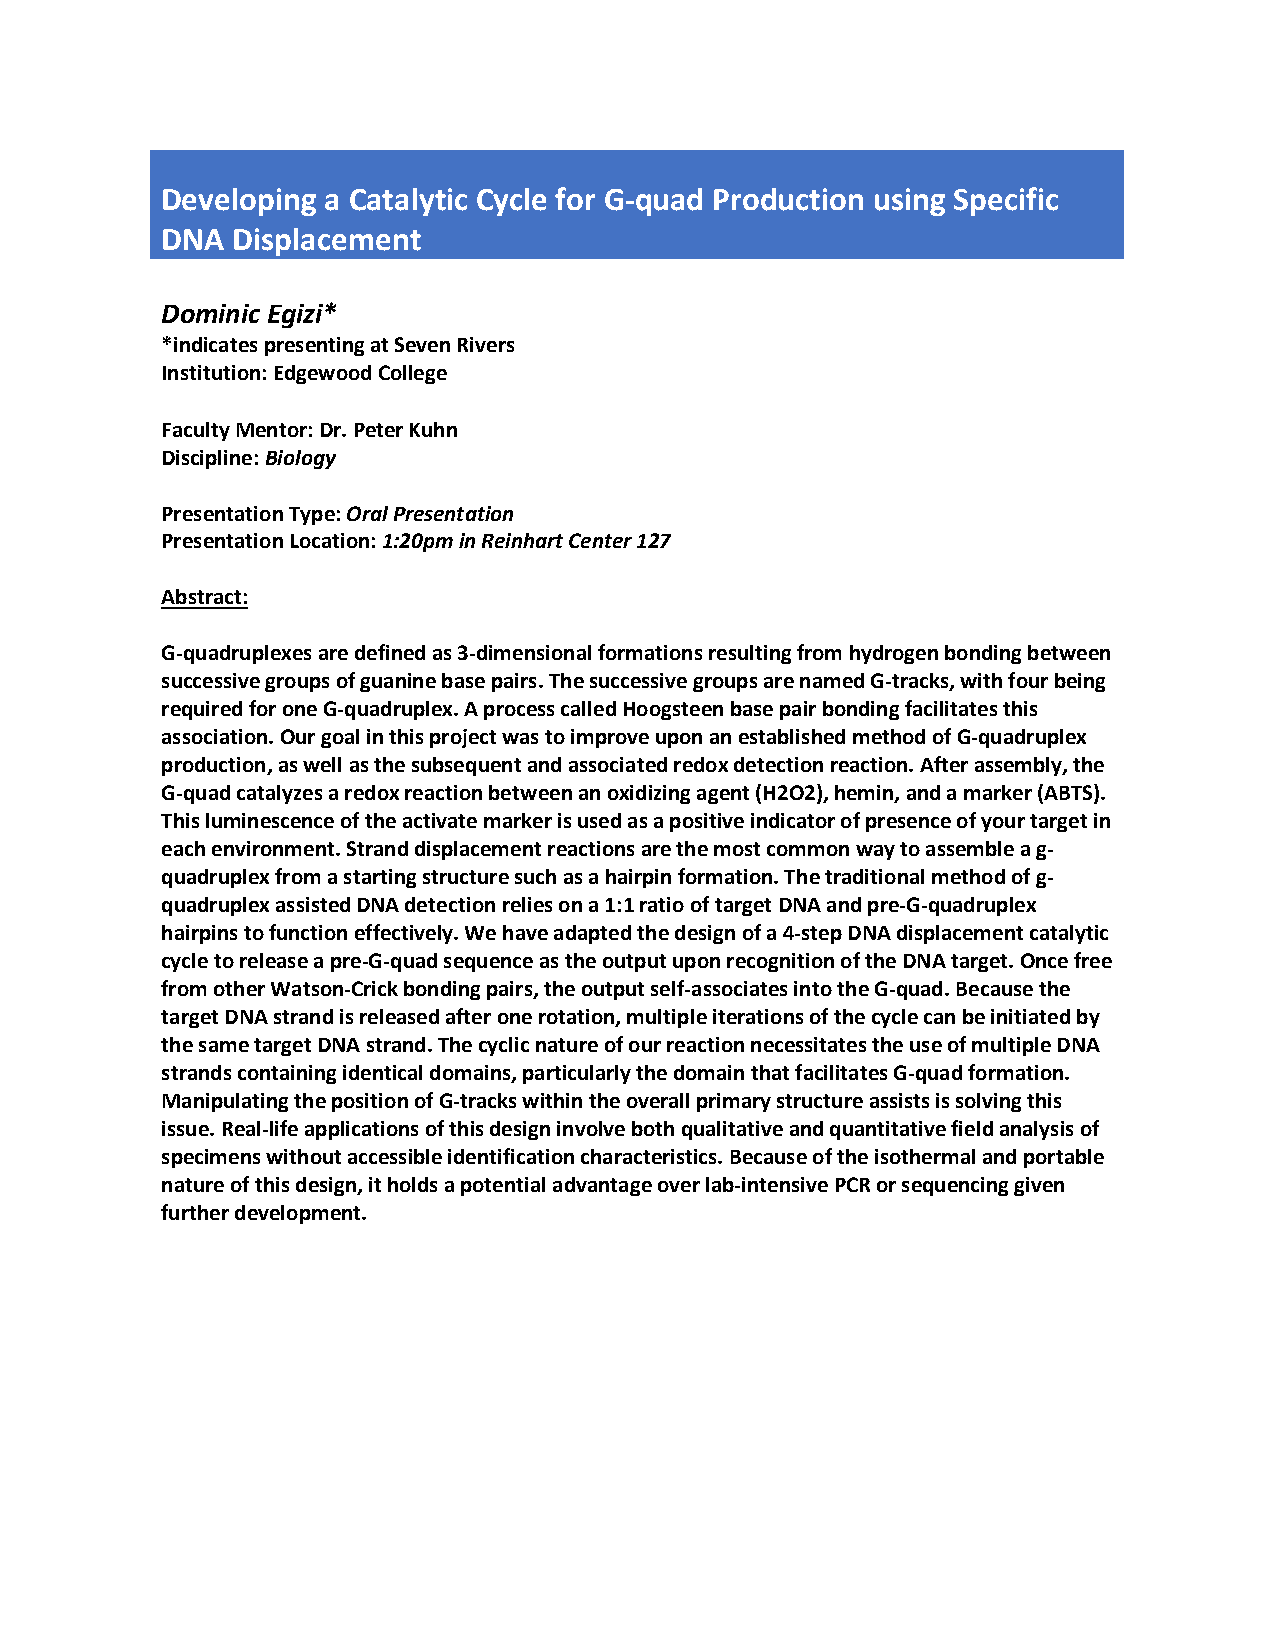
Developing a Catalytic Cycle for G-quad Production using Specific
 DNA Displacement
 Dominic Egizi*
 *indicates presenting at Seven Rivers
 Institution: Edgewood College
 Faculty Mentor: Dr. Peter Kuhn
 Discipline: Biology
 Presentation Type: Oral Presentation
 Presentation Location: 1:20pm in Reinhart Center 127
 Abstract:
 G-quadruplexes are defined as 3-dimensional formations resulting from hydrogen bonding between
 successive groups of guanine base pairs. The successive groups are named G-tracks, with four being
 required for one G-quadruplex. A process called Hoogsteen base pair bonding facilitates this
 association. Our goal in this project was to improve upon an established method of G-quadruplex
 production, as well as the subsequent and associated redox detection reaction. After assembly, the
 G-quad catalyzes a redox reaction between an oxidizing agent (H2O2), hemin, and a marker (ABTS).
 This luminescence of the activate marker is used as a positive indicator of presence of your target in
 each environment. Strand displacement reactions are the most common way to assemble a g-
 quadruplex from a starting structure such as a hairpin formation. The traditional method of g-
 quadruplex assisted DNA detection relies on a 1:1 ratio of target DNA and pre-G-quadruplex
 hairpins to function effectively. We have adapted the design of a 4-step DNA displacement catalytic
 cycle to release a pre-G-quad sequence as the output upon recognition of the DNA target. Once free
 from other Watson-Crick bonding pairs, the output self-associates into the G-quad. Because the
 target DNA strand is released after one rotation, multiple iterations of the cycle can be initiated by
 the same target DNA strand. The cyclic nature of our reaction necessitates the use of multiple DNA
 strands containing identical domains, particularly the domain that facilitates G-quad formation.
 Manipulating the position of G-tracks within the overall primary structure assists is solving this
 issue. Real-life applications of this design involve both qualitative and quantitative field analysis of
 specimens without accessible identification characteristics. Because of the isothermal and portable
 nature of this design, it holds a potential advantage over lab-intensive PCR or sequencing given
 further development.